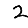
Digit: 2